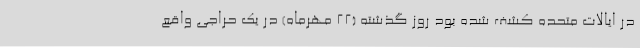
در ایالات متحده کشف شده بود روز گذشته (22 مهرماه) در یک حراجی واقع